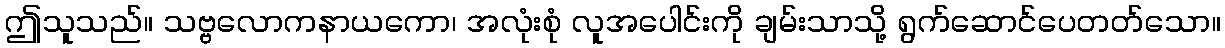
ဤသူသည်။ သဗ္ဗလောကနာယကော၊ အလုံးစုံ လူအပေါင်းကို ချမ်းသာသို့ ရွက်ဆောင်ပေတတ်သော။